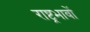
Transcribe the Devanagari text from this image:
राष्ट्रभावों